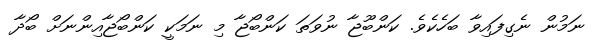
ނަމުން ނެގިފައިވާ ބަހެކެވެ. ކަންބޫޖާ ނުވަތަ ކަންބޯޖާ މި ނަމަކީ ކަންބޯޖާއިންނަށް ބޯދާ